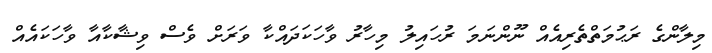
މިލާންގެ ރަޙުމަތްތެރިއެއް ނޫންނަމަ ރުހައިލު މިހާރު ވާހަކަދައްކާ ވަރަށް ވެސް ވިޝާކާއާ ވާހަކައެއް